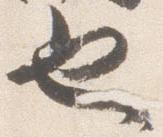
也